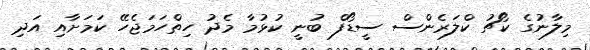
މިލާނުގެ ކޯޗު ކްލަރެންސް ސީޑޯފް ބުނީ ކުޅުމާ މެދު ހިތްހަމަޖެހޭ ކަމަށާއި އަދި